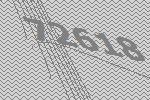
72618